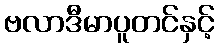
ဗလာဒီမာပူတင်နှင့်